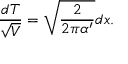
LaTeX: \frac { d T } { \sqrt { V } } = \sqrt { \frac { 2 } { 2 \pi \alpha ^ { \prime } } } d x .